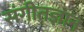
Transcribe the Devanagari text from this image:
संगीतज्ञान